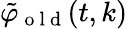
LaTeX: \tilde{\varphi}_{\mathrm{~o~l~d~}}(t,k)